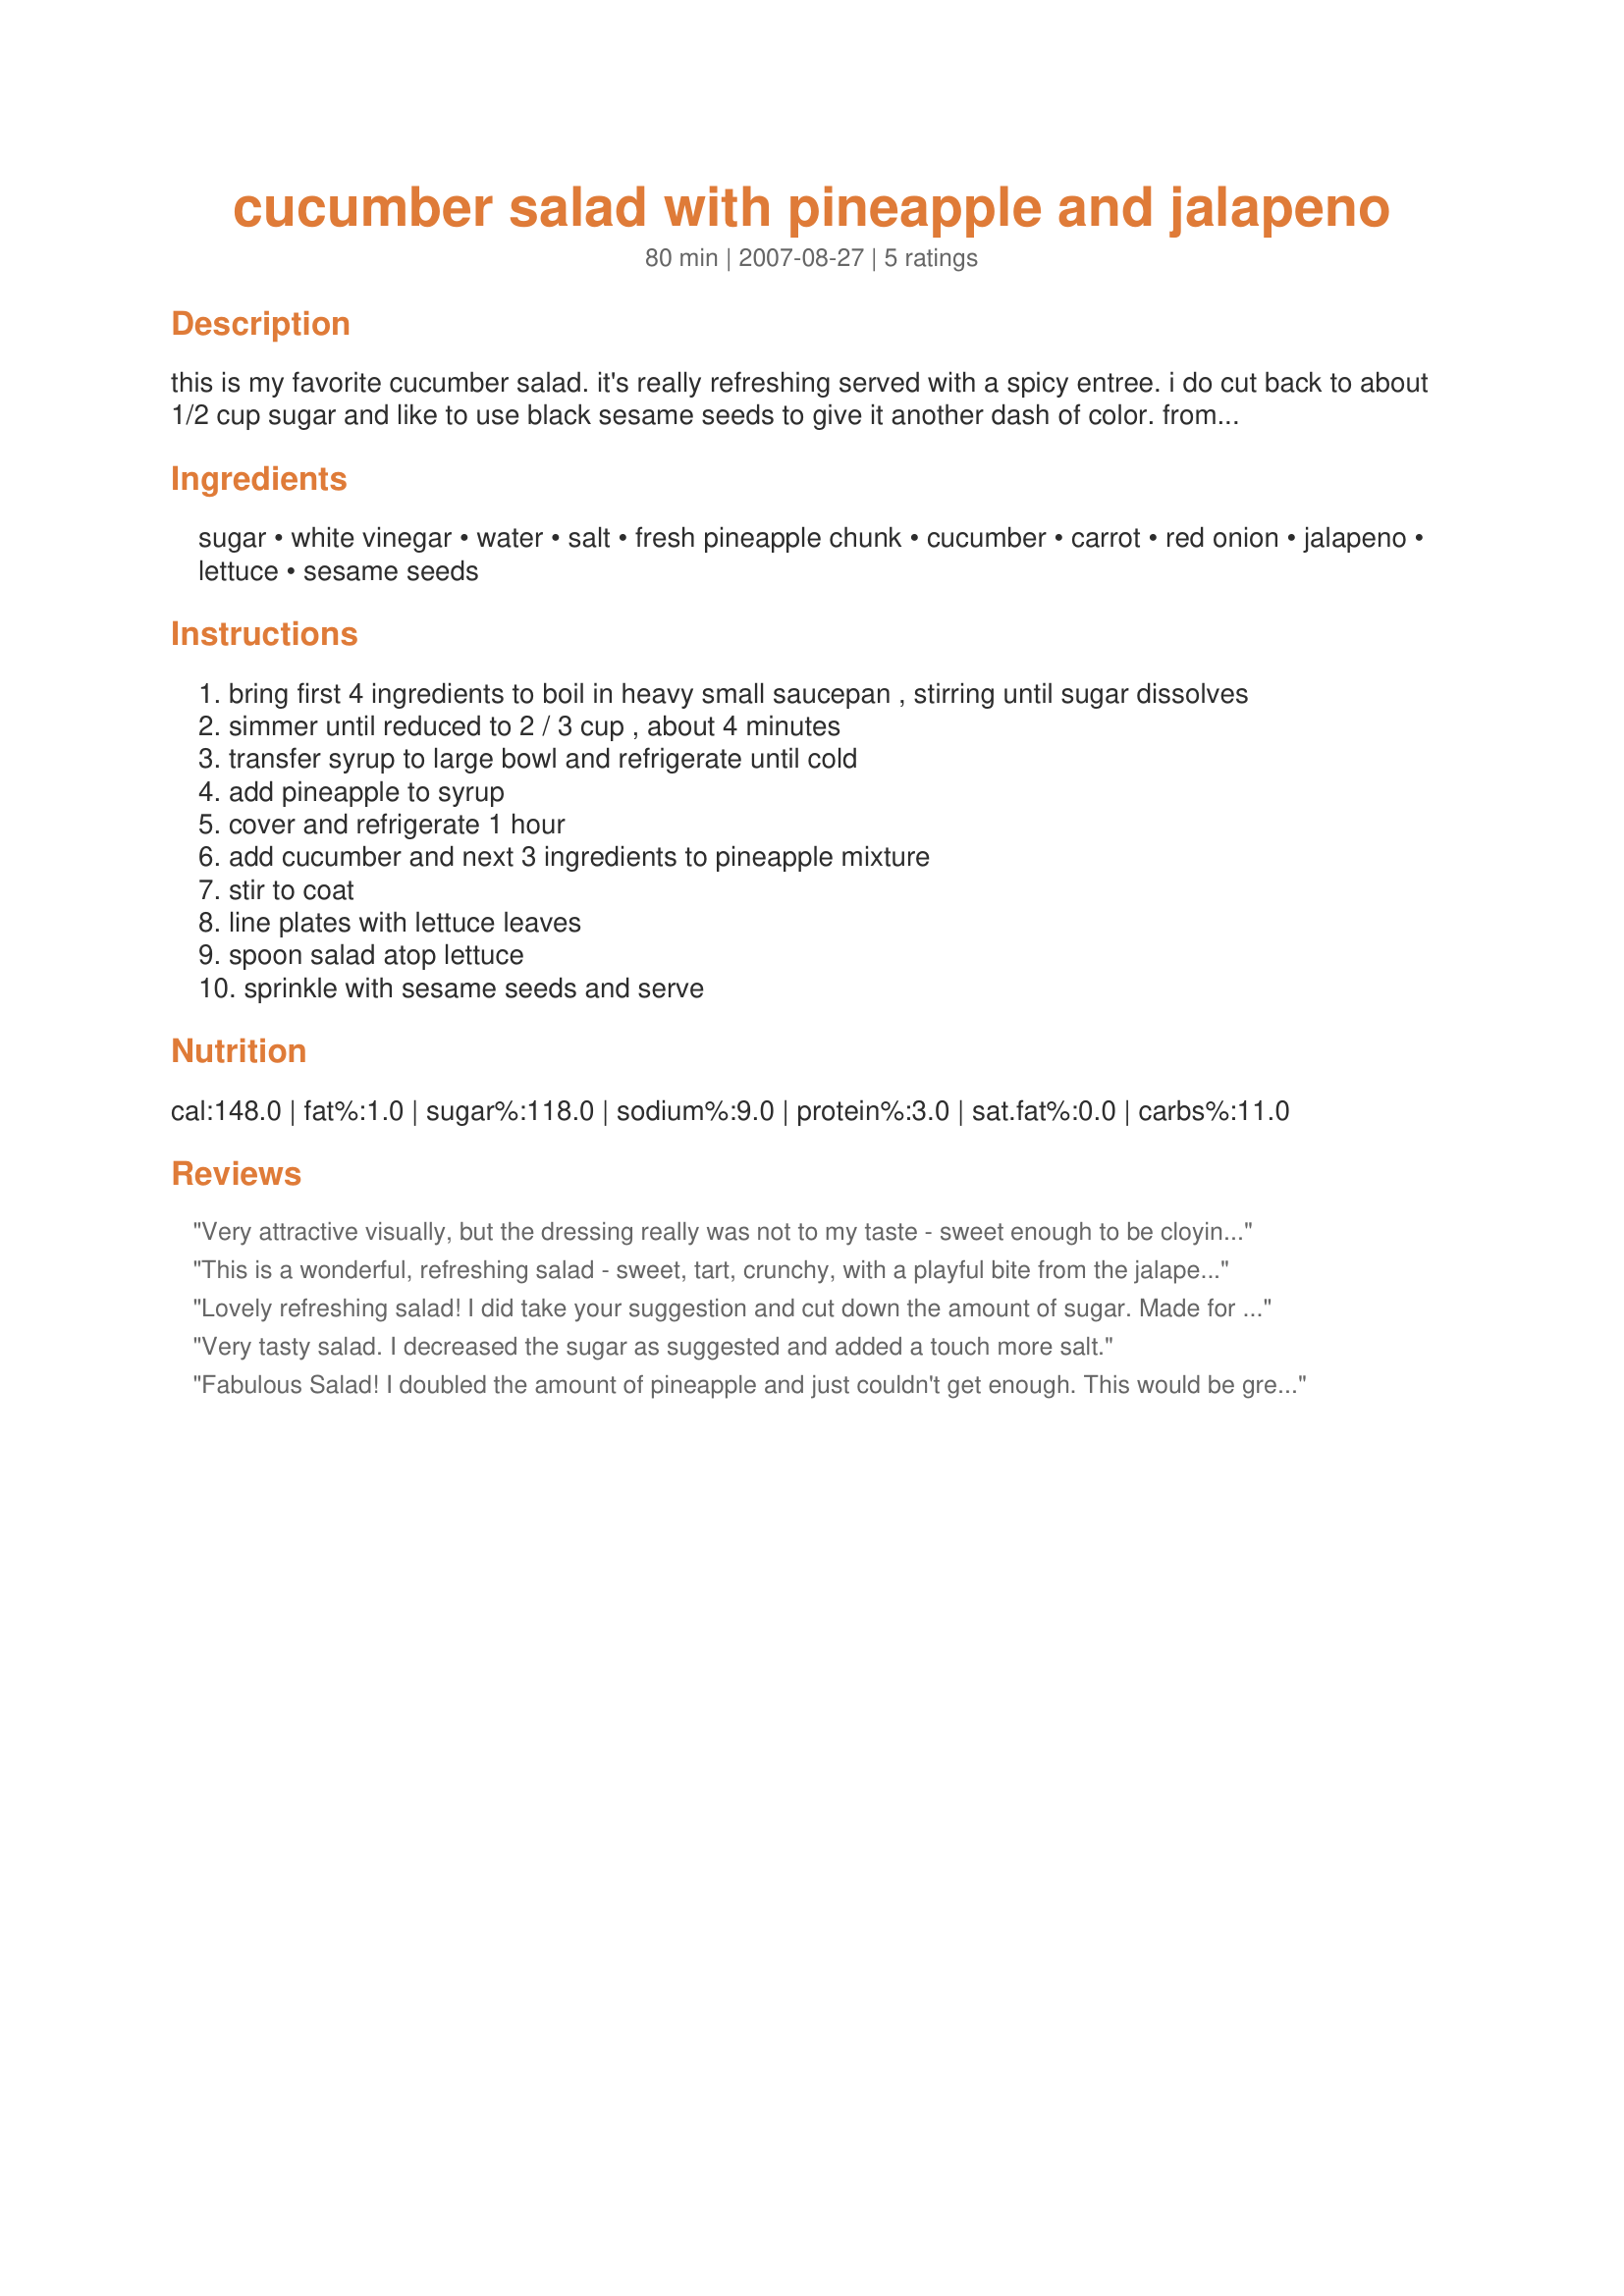
cucumber salad with pineapple and jalapeno
Preparation time: 80 minutes

this is my favorite cucumber salad. it's really refreshing served with a spicy entree. i do cut back to about 1/2 cup sugar and like to use black sesame seeds to give it another dash of color. from the rsvp section of bon appetit magazine.

Ingredients:
sugar, white vinegar, water, salt, fresh pineapple chunk, cucumber, carrot, red onion, jalapeno, lettuce, sesame seeds

Steps:
bring first 4 ingredients to boil in heavy small saucepan , stirring until sugar dissolves
simmer until reduced to 2 / 3 cup , about 4 minutes
transfer syrup to large bowl and refrigerate until cold
add pineapple to syrup
cover and refrigerate 1 hour
add cucumber and next 3 ingredients to pineapple mixture
stir to coat
line plates with lettuce leaves
spoon salad atop lettuce
sprinkle with sesame seeds and serve

Reviews:
Very attractive visually, but the dressing really was not to my taste - sweet enough to be cloying, yet harsh from the white vinegar. I might try this same combination of fruit and vegetables, with maybe a splash of rice wine.
This is a wonderful, refreshing salad - sweet, tart, crunchy, with a playful bite from the jalapeno. We enjoyed it very much. Thanks for sharing!
Lovely refreshing salad! I did take your suggestion and cut down the amount of sugar. Made for the Tastebud Tickling Travellers during ZWT 4
Very tasty salad. I decreased the sugar as suggested and added a touch more salt.
Fabulous Salad! I doubled the amount of pineapple and just couldn't get enough. This would be great served at a barbque but I plan on making it all summer long. ZWT 4 Go Jefes!
